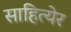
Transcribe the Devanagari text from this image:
साहित्येर